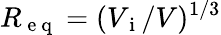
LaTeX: R_{\mathrm{~e~q~}}=(V_{\mathrm{~i~}}/V)^{1/3}